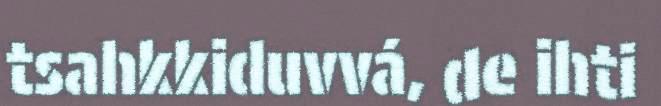
tsahkkiduvvá, de ihti